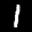
Label: 1